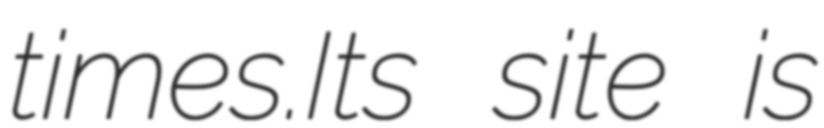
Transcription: times.Its site is